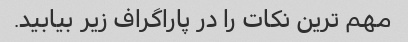
مهم ترین نکات را در پاراگراف زیر بیابید.